Civil Veterinary Department Bengal reports 1933-51 - 1933-1951
Year: 1933
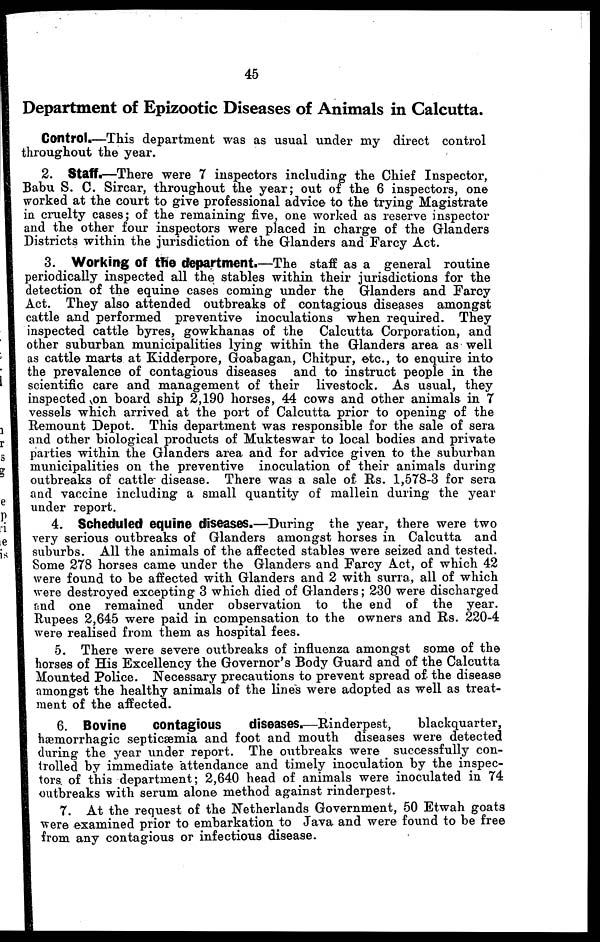
45
Department of Epizootic Diseases of Animals in Calcutta.
Control.—This department was as usual under my direct control
throughout the year.
2. 8taff.—There were 7 inspectors including the Chief Inspector,
Babu S. C. Sircar, throughout the year; out of the 6 inspectors, one
worked at the court to give professional advice to the trying Magistrate
in cruelty cases; of the remaining five, one worked as reserve inspector
and the other four inspectors were placed in charge of the Glanders
Districts within the jurisdiction of the Glanders and Farcy Act.
3. Working of the department.—The staff as a general routine
periodically inspected all the stables within their jurisdictions for the
detection of the equine cases coming under the Glanders and Farcy
Act. They also attended outbreaks of contagious diseases amongst
cattle and performed preventive inoculations when required. They
inspected cattle byres, gowkhanas of the Calcutta Corporation, and
other suburban municipalities lying within the Glanders area as well
as cattle marts at Kidderpore, Goabagan, Chitpur, etc., to enquire into
the prevalence of contagious diseases and to instruct people in the
scientific care and management of their livestock. As usual, they
inspected on board ship 2,190 horses, 44 cows and other animals in 7
vessels which arrived at the port of Calcutta prior to opening of the
Remount Depot. This department was responsible for the sale of sera
and other biological products of Mukteswar to local bodies and private
parties within the Glanders area and for advice given to the suburban
municipalities on the preventive inoculation of their animals during
outbreaks of cattle disease. There was a sale of Rs. 1,578-3 for sera
and vaccine including a small quantity of mallein during the year
under report.
4. Scheduled equine diseases.—During the year, there were two
very serious outbreaks of Glanders amongst horses in Calcutta and
suburbs. All the animals of the affected stables were seized and tested.
Some 278 horses came under the Glanders and Farcy Act, of which 42
were found to be affected with Glanders and 2 with surra, all of which
were destroyed excepting 3 which died of Glanders; 230 were discharged
and one remained under observation to the end of the year.
Rupees 2,645 were paid in compensation to the owners and Rs. 220-4
were realised from them as hospital fees.
5. There were severe outbreaks of influenza amongst some of the
horses of His Excellency the Governor's Body Guard and of the Calcutta
Mounted Police. Necessary precautions to prevent spread of the disease
amongst the healthy animals of the lines were adopted as well as treat-
ment of the affected.
6. Bovine
contagious
diseases.—Rinderpest,
blackquarter,
hæmorrhagic septicæmia and foot and mouth diseases were detected
during the year under report. The outbreaks were successfully con-
trolled by immediate attendance and timely inoculation by the inspec-
tors of this department; 2,640 head of animals were inoculated in 74
outbreaks with serum alone method against rinderpest.
7. At the request of the Netherlands Government, 50 Etwah goats
were examined prior to embarkation to Java and were found to be free
from any contagious or infectious disease.